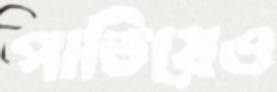
পাতিয়েও